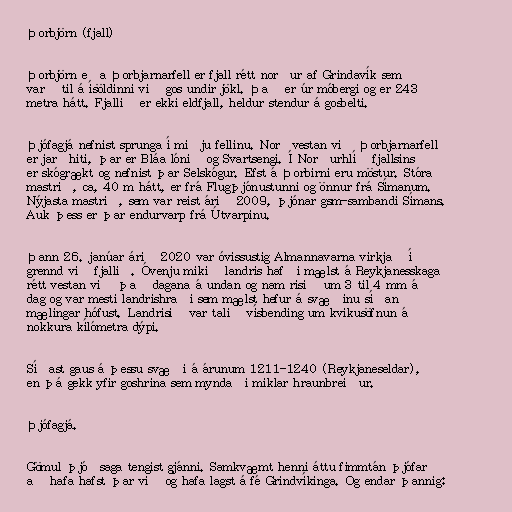
Þorbjörn (fjall)

Þorbjörn eða Þorbjarnarfell er fjall rétt norður af Grindavík sem
varð til á ísöldinni við gos undir jökl. Það er úr móbergi og er 243
metra hátt. Fjallið er ekki eldfjall, heldur stendur á gosbelti.

Þjófagjá nefnist sprunga í miðju fellinu. Norðvestan við Þorbjarnarfell
er jarðhiti, þar er Bláa lónið og Svartsengi. Í Norðurhlíð fjallsins
er skógrækt og nefnist þar Selskógur. Efst á Þorbirni eru möstur. Stóra
mastrið, ca, 40 m hátt, er frá Flugþjónustunni og önnur frá Símanum.
Nýjasta mastrið, sem var reist árið 2009, þjónar gsm-sambandi Símans.
Auk þess er þar endurvarp frá Útvarpinu.

Þann 26. janúar árið 2020 var óvissustig Almannavarna virkjað í
grennd við fjallið. Óvenju mikið landris hafði mælst á Reykjanesskaga
rétt vest­an við það dagana á undan og nam risið um 3 til 4 mm á
dag og var mesti landris­hraði sem mælst hefur á svæðinu síðan
mæl­ing­ar hóf­ust. Landrisið var talið vís­bend­ing um kviku­söfn­un á
nokkura kíló­metra dýpi.

Síðast gaus á þessu svæði á árunum 1211-1240 (Reykjaneseldar),
en þá gekk yfir goshrina sem myndaði miklar hraunbreiður.

Þjófagjá.

Gömul þjóðsaga tengist gjánni. Samkvæmt henni áttu fimmtán þjófar
að hafa hafst þar við og hafa lagst á fé Grindvíkinga. Og endar þannig: